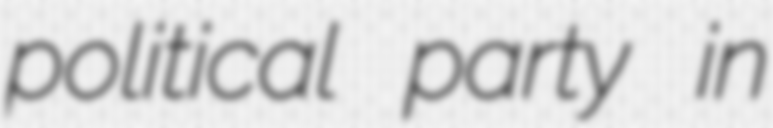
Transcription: political party in